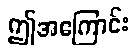
ဤအကြောင်း